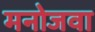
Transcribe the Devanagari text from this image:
मनोजवा